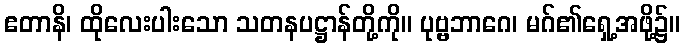
ဧတာနိ၊ ထိုလေးပါးသော သတနပဋ္ဌာန်တို့ကို။ ပုဗ္ဗဘာဂေ၊ မဂ်၏ရှေ့အဖို့၌။